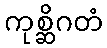
ကုစ္ဆိဂတံ